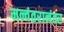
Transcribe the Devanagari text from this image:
मन्वंतरानंतर